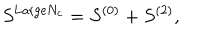
S ^ { \mathrm { L a r g e } N _ { c } } = S ^ { ( 0 ) } + S ^ { ( 2 ) } ,